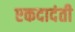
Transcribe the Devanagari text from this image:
एकदादंती